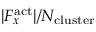
| F _ { x } ^ { \mathrm { a c t } } | / N _ { \mathrm { c l u s t e r } }